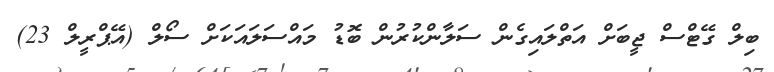
ބިލް ގޭޓްސް ޖީބަށް އަތްލައިގެން ސަލާންކުރުން ބޮޑު މައްސަލައަކަށް ސޯލް (އޭޕްރީލް 23)